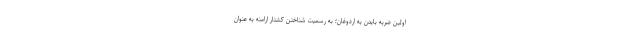
اولین ضربه بایدن به اردوغان؛ به رسمیت شناختن کشتار ارامنه به عنوان